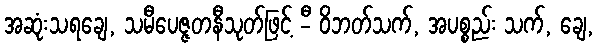
အဆုံးသရချေ, သမီပေဇ္ဇတနီသုတ်ဖြင့် -ီ ဝိဘတ်သက်, အပစ္စည်း သက်, ချေ,